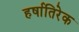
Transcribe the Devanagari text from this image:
हर्षातिरेक